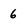
Character: 6